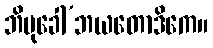
ဘိမုခေါ’ဘယတောဒိကေ။